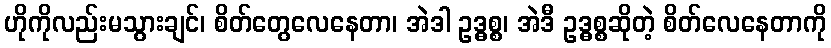
ဟိုကိုလည်းမသွားချင်၊ စိတ်တွေလေနေတာ၊ အဲဒါ ဥဒ္ဓစ္စ၊ အဲဒီ ဥဒ္ဓစ္စဆိုတဲ့ စိတ်လေနေတာကို